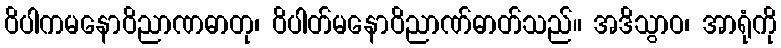
ဝိပါကမနောဝိညာဏဓာတု၊ ဝိပါတ်မနောဝိညာဏ်ဓာတ်သည်။ အဒိသွာဝ၊ အာရုံကို